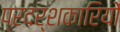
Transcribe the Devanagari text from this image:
प्रदर्शकारियों